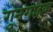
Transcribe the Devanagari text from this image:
गुनगाहक